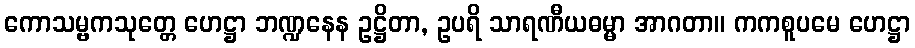
ကောသမ္ဗကသုတ္တေ ဟေဋ္ဌာ ဘဏ္ဍနေန ဥဋ္ဌိတာ, ဥပရိ သာရဏီယဓမ္မာ အာဂတာ။ ကကစူပမေ ဟေဋ္ဌာ